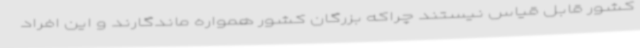
کشور قابل قیاس نیستند چراکه بزرگان کشور همواره ماندگارند و این افراد